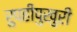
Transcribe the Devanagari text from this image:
रुपहीपुखुरी